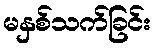
မနှစ်သက်ခြင်း